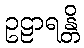
ဥဠာရန္တိ